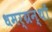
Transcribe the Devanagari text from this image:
धमर्ग्रन्थों